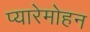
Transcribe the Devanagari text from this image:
प्यारेमोहन